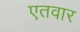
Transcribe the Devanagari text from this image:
एतवार